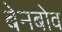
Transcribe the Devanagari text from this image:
बेनबोव